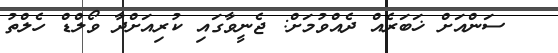
ސަންއަށް ޚަބަރެއް ދެއްވުމަށް: ޖެނީވާގައި ކުރިއަށްދާ ވޯލްޑް ހެލްތު